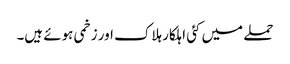
حملے میں کئی اہلکار ہلاک اور زخمی ہوئے ہیں۔